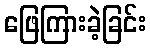
ဖြေကြားခဲ့ခြင်း